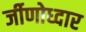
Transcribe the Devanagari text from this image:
र्जीणोध्दार